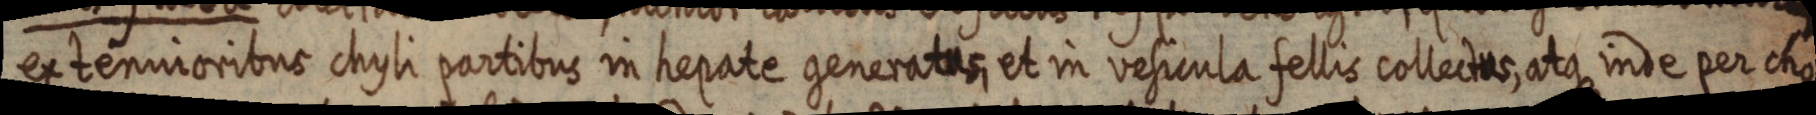
ex tennioribus chyli partibus in hepate generatus, et in vesicula fellis collectus, atque inde per cho